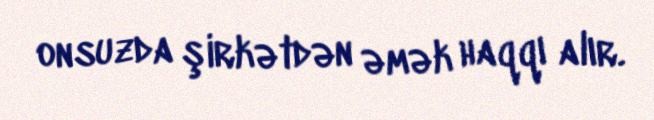
onsuzda şirkətdən əmək haqqı alır.